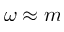
\omega \approx m